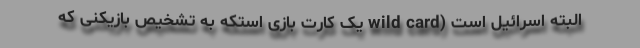
البته اسرائیل است (wild card یک کارت بازی استکه به تشخیص بازیکنی که